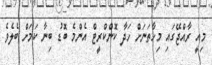
މިއީ ރާއްޖޭގައި މިހާތަނަށް ހަދާ ކޮންކްރީޓް އެންމެ ބޮޑު ބިނާ ކަމަށް ބެލެވެ